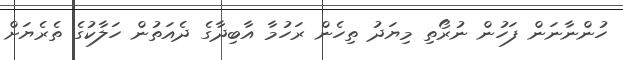
ހުންނާނަން ފަހުން ނުރޯތި މިޔަދު ތިހެން ރަހުމާ އާބިދާގެ ދެއަތުން ހަލާކުގެ ތެރެޔަށް